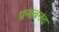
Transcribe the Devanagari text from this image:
प्रनाबनंद